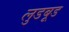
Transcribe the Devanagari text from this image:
लुडबूड